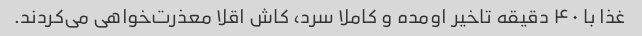
غذا با ۴۰ دقیقه تاخیر اومده و کاملا سرد، کاش اقلا معذرت‌خواهی می‌کردند.